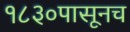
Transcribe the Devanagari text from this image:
१८३०पासूनच